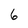
Character: 6